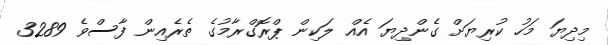
މިދިޔަ މަހު ކުރިޔަށް ގެންދިޔަ އެއް ލަކިން ޕްރޮގްރާމުގެ ތެރެއިން ފާސްވެ 3289